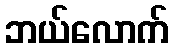
ဘယ်လောက်